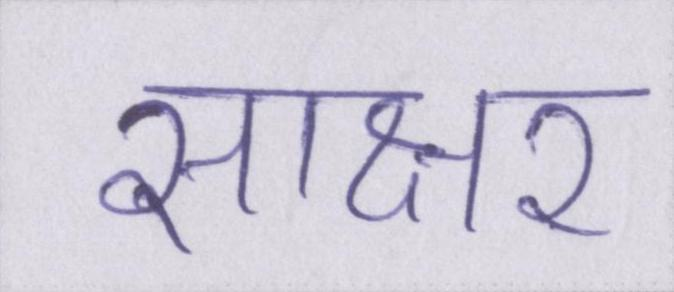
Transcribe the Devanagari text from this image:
साक्षर